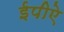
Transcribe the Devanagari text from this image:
ईपीऐ